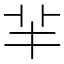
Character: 𦍋